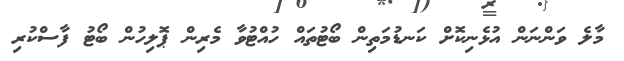
މާލެ ވަންނަން އުޅެނިކޮށް ކަނޑުމަތިން ބޯޓުތައް ހުއްޓުވާ މެރިން ޕޮލިހުން ބޯޓު ފާސްކުރި